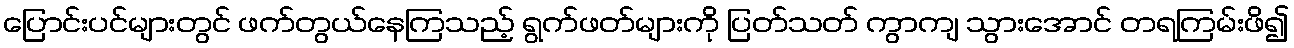
ပြောင်းပင်များတွင် ဖက်တွယ်နေကြသည့် ရွက်ဖတ်များကို ပြတ်သတ် ကွာကျ သွားအောင် တရကြမ်းဖိ၍